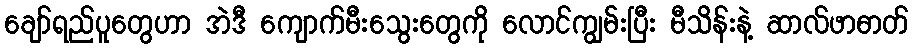
ချော်ရည်ပူတွေဟာ အဲဒီ ကျောက်မီးသွေးတွေကို လောင်ကျွမ်းပြီး မီသိန်းနဲ့ ဆာလ်ဖာဓာတ်